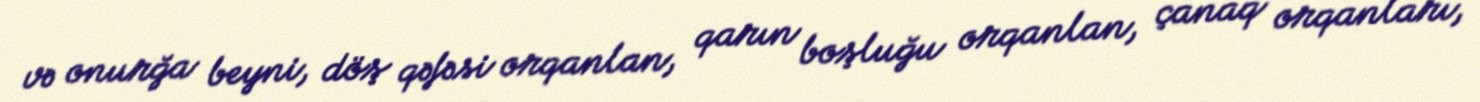
və onurğa beyni, döş qəfəsi orqanlan, qarın boşluğu orqanlan, çanaq orqanları,